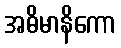
အဓိမာနိကော